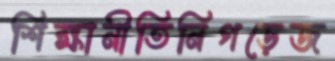
শিক্ষানীতিনিগড়েজ